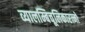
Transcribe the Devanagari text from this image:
व्यालम्बिचूलिकारत्नो